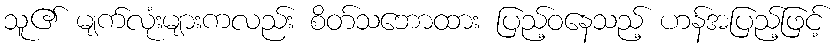
သူ၏ မျက်လုံးများကလည်း စိတ်သဘောထား ပြည့်ဝနေသည့် ဟန်အပြည့်ဖြင့်